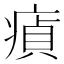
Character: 𤸘